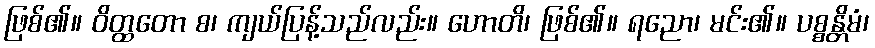
ဖြစ်၏။ ဝိတ္ထတော စ၊ ကျယ်ပြန့်သည်လည်း။ ဟောတိ၊ ဖြစ်၏။ ရညော၊ မင်း၏။ ပစ္စန္တိမံ၊